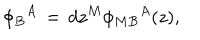
{ \phi _ { B } } ^ { A } \, = \, d z ^ { M } { \phi _ { M B } } ^ { A } ( z ) ,